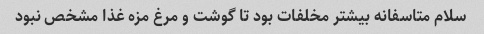
سلام متاسفانه بیشتر مخلفات بود تا گوشت و مرغ مزه غذا مشخص نبود